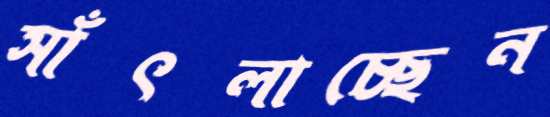
সাঁৎলাচ্ছেন